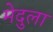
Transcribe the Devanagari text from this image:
मेदुला